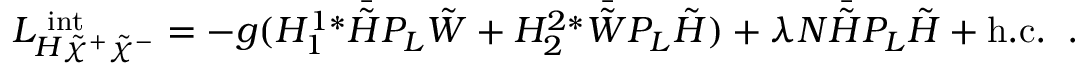
{ \cal L } _ { H \tilde { \chi } ^ { + } \tilde { \chi } ^ { - } } ^ { \mathrm { \scriptsize ~ i n t } } = - g ( H _ { 1 } ^ { 1 \ast } \bar { \tilde { H } } P _ { L } \tilde { W } + H _ { 2 } ^ { 2 \ast } \bar { \tilde { W } } P _ { L } \tilde { H } ) + \lambda N \bar { \tilde { H } } P _ { L } \tilde { H } + \mathrm { h . c . } \; \; .